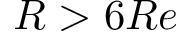
R > 6 R e